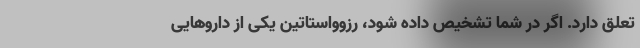
تعلق دارد. اگر در شما تشخیص داده شود، رزوواستاتین یکی از داروهایی